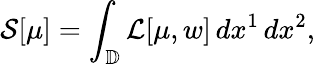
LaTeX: \mathcal{S}[\mu]=\int_{\mathbb{D}}\mathcal{L}[\mu,w]\, dx^{1}\, dx^{2},